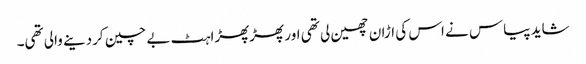
شاید پیاس نے اس کی اڑان چھین لی تھی اور پھڑپھڑاہٹ بے چین کردینے والی تھی۔